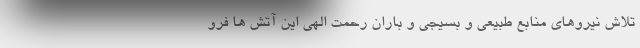
تلاش نیروهای منابع طبیعی و بسیجی و باران رحمت الهی این آتش ها فرو